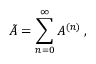
\tilde { A } = \sum _ { n = 0 } ^ { \infty } A ^ { ( n ) } \, ,